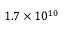
1 . 7 \times { 1 0 ^ { 1 0 } }